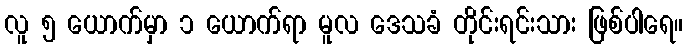
လူ ၅ ယောက်မှာ ၁ ယောက်ရာ မူလ ဒေသခံ တိုင်းရင်းသား ဖြစ်ပါရေ။